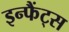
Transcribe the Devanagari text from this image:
इन्फैंट्स